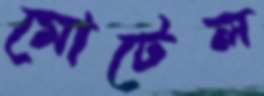
মোটেল